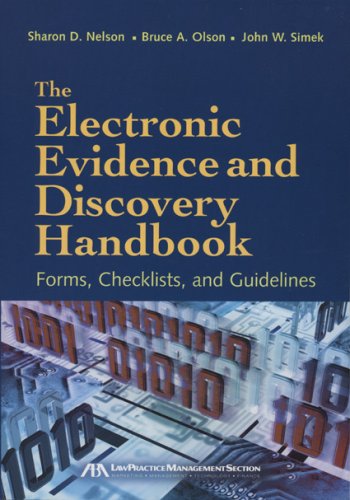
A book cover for The Electronic Evidence and Discovery Handbook: Forms, Checklists and Guidelines; Sharon  D. Nelson; Law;